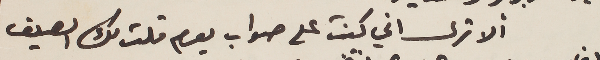
ألا ترى اني كنت على صواب يوم قلت لك الصيف